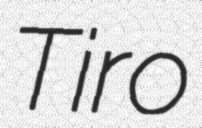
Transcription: Tiro